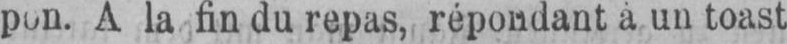
A la fin du repas, répondant à un toast